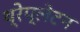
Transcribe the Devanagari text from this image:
थ्रेप्लेटन